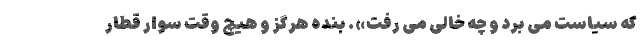
که سیاست می بُرد و چه خالی می رفت». بنده هرگز و هیچ وقت سوار قطار